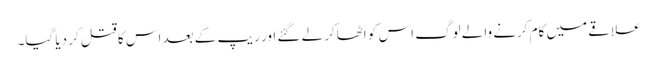
علاقے میں کام کرنے والے لوگ اس کو اٹھاکر لے گئے اور ریپ کے بعد اس کا قتل کر دیا گیا۔